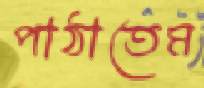
পাঠাতেম